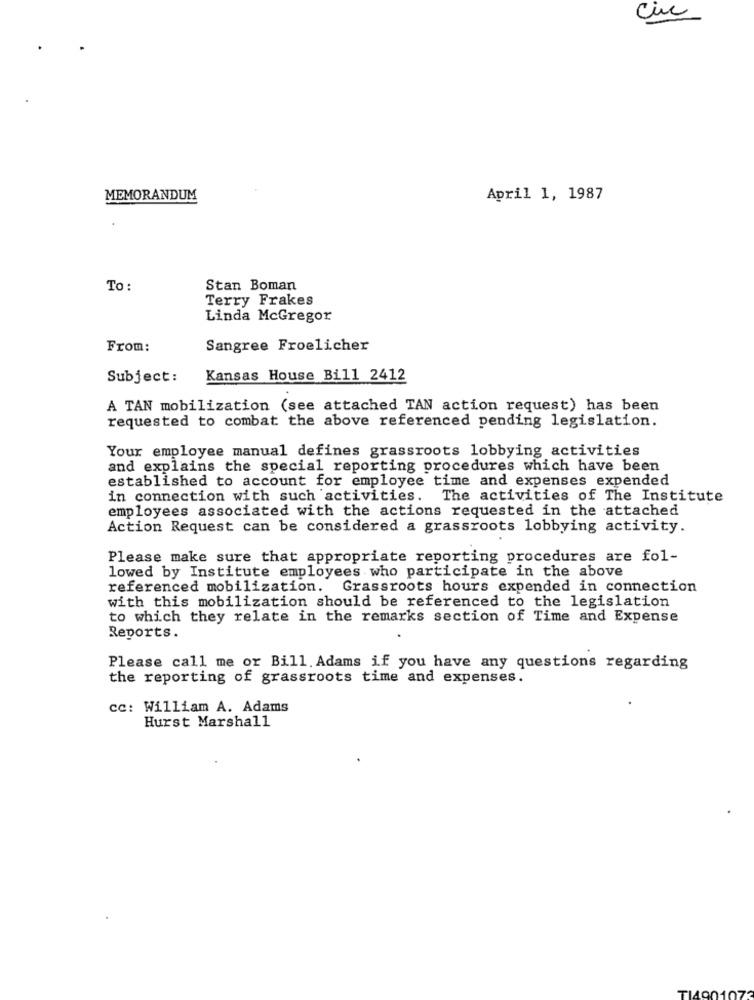
MEMORANDUM
April 1, 1987
To:
Stan Boman
Terry Frakes
Linda McGregor
From:
Sangree Froelicher
Subject:
Kansas House Bill 2412
A TAN mobilization (see attached TAN action request) has been
requested to combat the above referenced pending legislation.
Your employee manual defines grassroots lobbying activities
and explains the special reporting procedures which have been
established to account for employee time and expenses expended
in connection with such activities. The activities of The Institute
employees associated with the actions requested in the attached
Action Request can be considered a grassroots lobbying activity.
Please make sure that appropriate reporting procedures are fol-
lowed by Institute employees who participate in the above
referenced mobilization. Grassroots hours expended in connection
with this mobilization should be referenced to the legislation
to which they relate in the remarks section of Time and Expense
Reports.
Please call me or Bill. Adams if you have any questions regarding
the reporting of grassroots time and expenses.
cc: William A. Adams
Hurst Marshall
TI4901